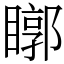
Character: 䁨